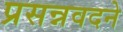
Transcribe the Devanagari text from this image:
प्रसन्नवदने